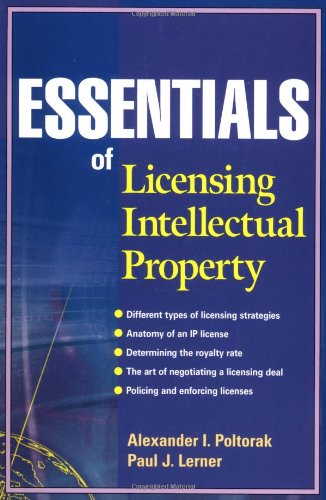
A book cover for Essentials of Licensing Intellectual Property; Alexander I. Poltorak; Law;